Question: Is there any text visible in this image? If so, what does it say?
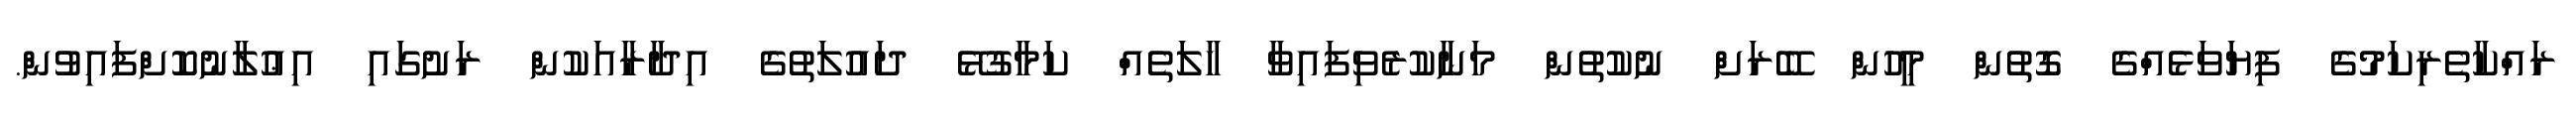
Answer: ރައްކާތެރިކަމުގެ ފިޔަވަޅެއްގެ ގޮތުން މީހުން ބޭރަށް ނުކުތުން މަނާކުރެވިފައިވާ ހާލަތެއް ކަމާގުޅޭ ދައުލަތުގެ އިދާރާއަކުން ރަށުގައި އިޢުލާނުކޮށްފައިވުން.